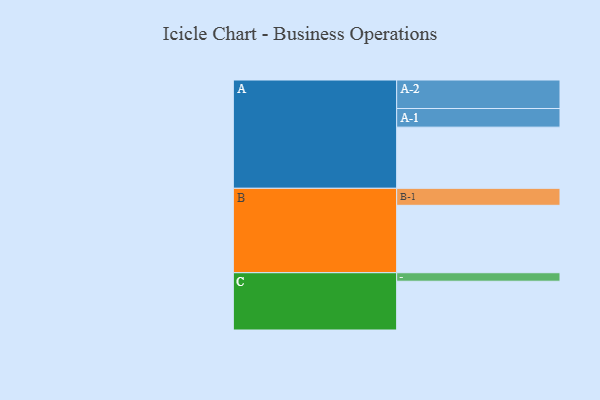
{"axis": {"x": "Segment", "y": "Value"}, "legend": ["", "A", "B", "C"], "data": [{"x": "A", "y": 489, "type": ""}, {"x": "B", "y": 539, "type": ""}, {"x": "C", "y": 390, "type": ""}, {"x": "A-1", "y": 149, "type": "A"}, {"x": "A-2", "y": 228, "type": "A"}, {"x": "B-1", "y": 136, "type": "B"}, {"x": "C-1", "y": 68, "type": "C"}]}